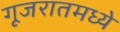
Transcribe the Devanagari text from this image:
गूजरातमध्ये